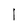
Character: I